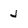
Character: J